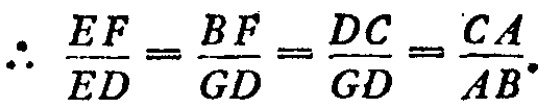
\[\therefore \frac{EF}{ED}=\frac{BF}{GD}=\frac{DC}{GD}=\frac{CA}{AB}.\]